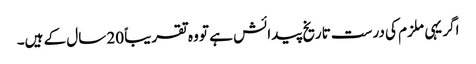
اگر یہی ملزم کی درست تاریخ پیدائش ہے تو وہ تقریباً 20 سال کے ہیں۔